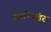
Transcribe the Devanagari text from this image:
कारिएंडर